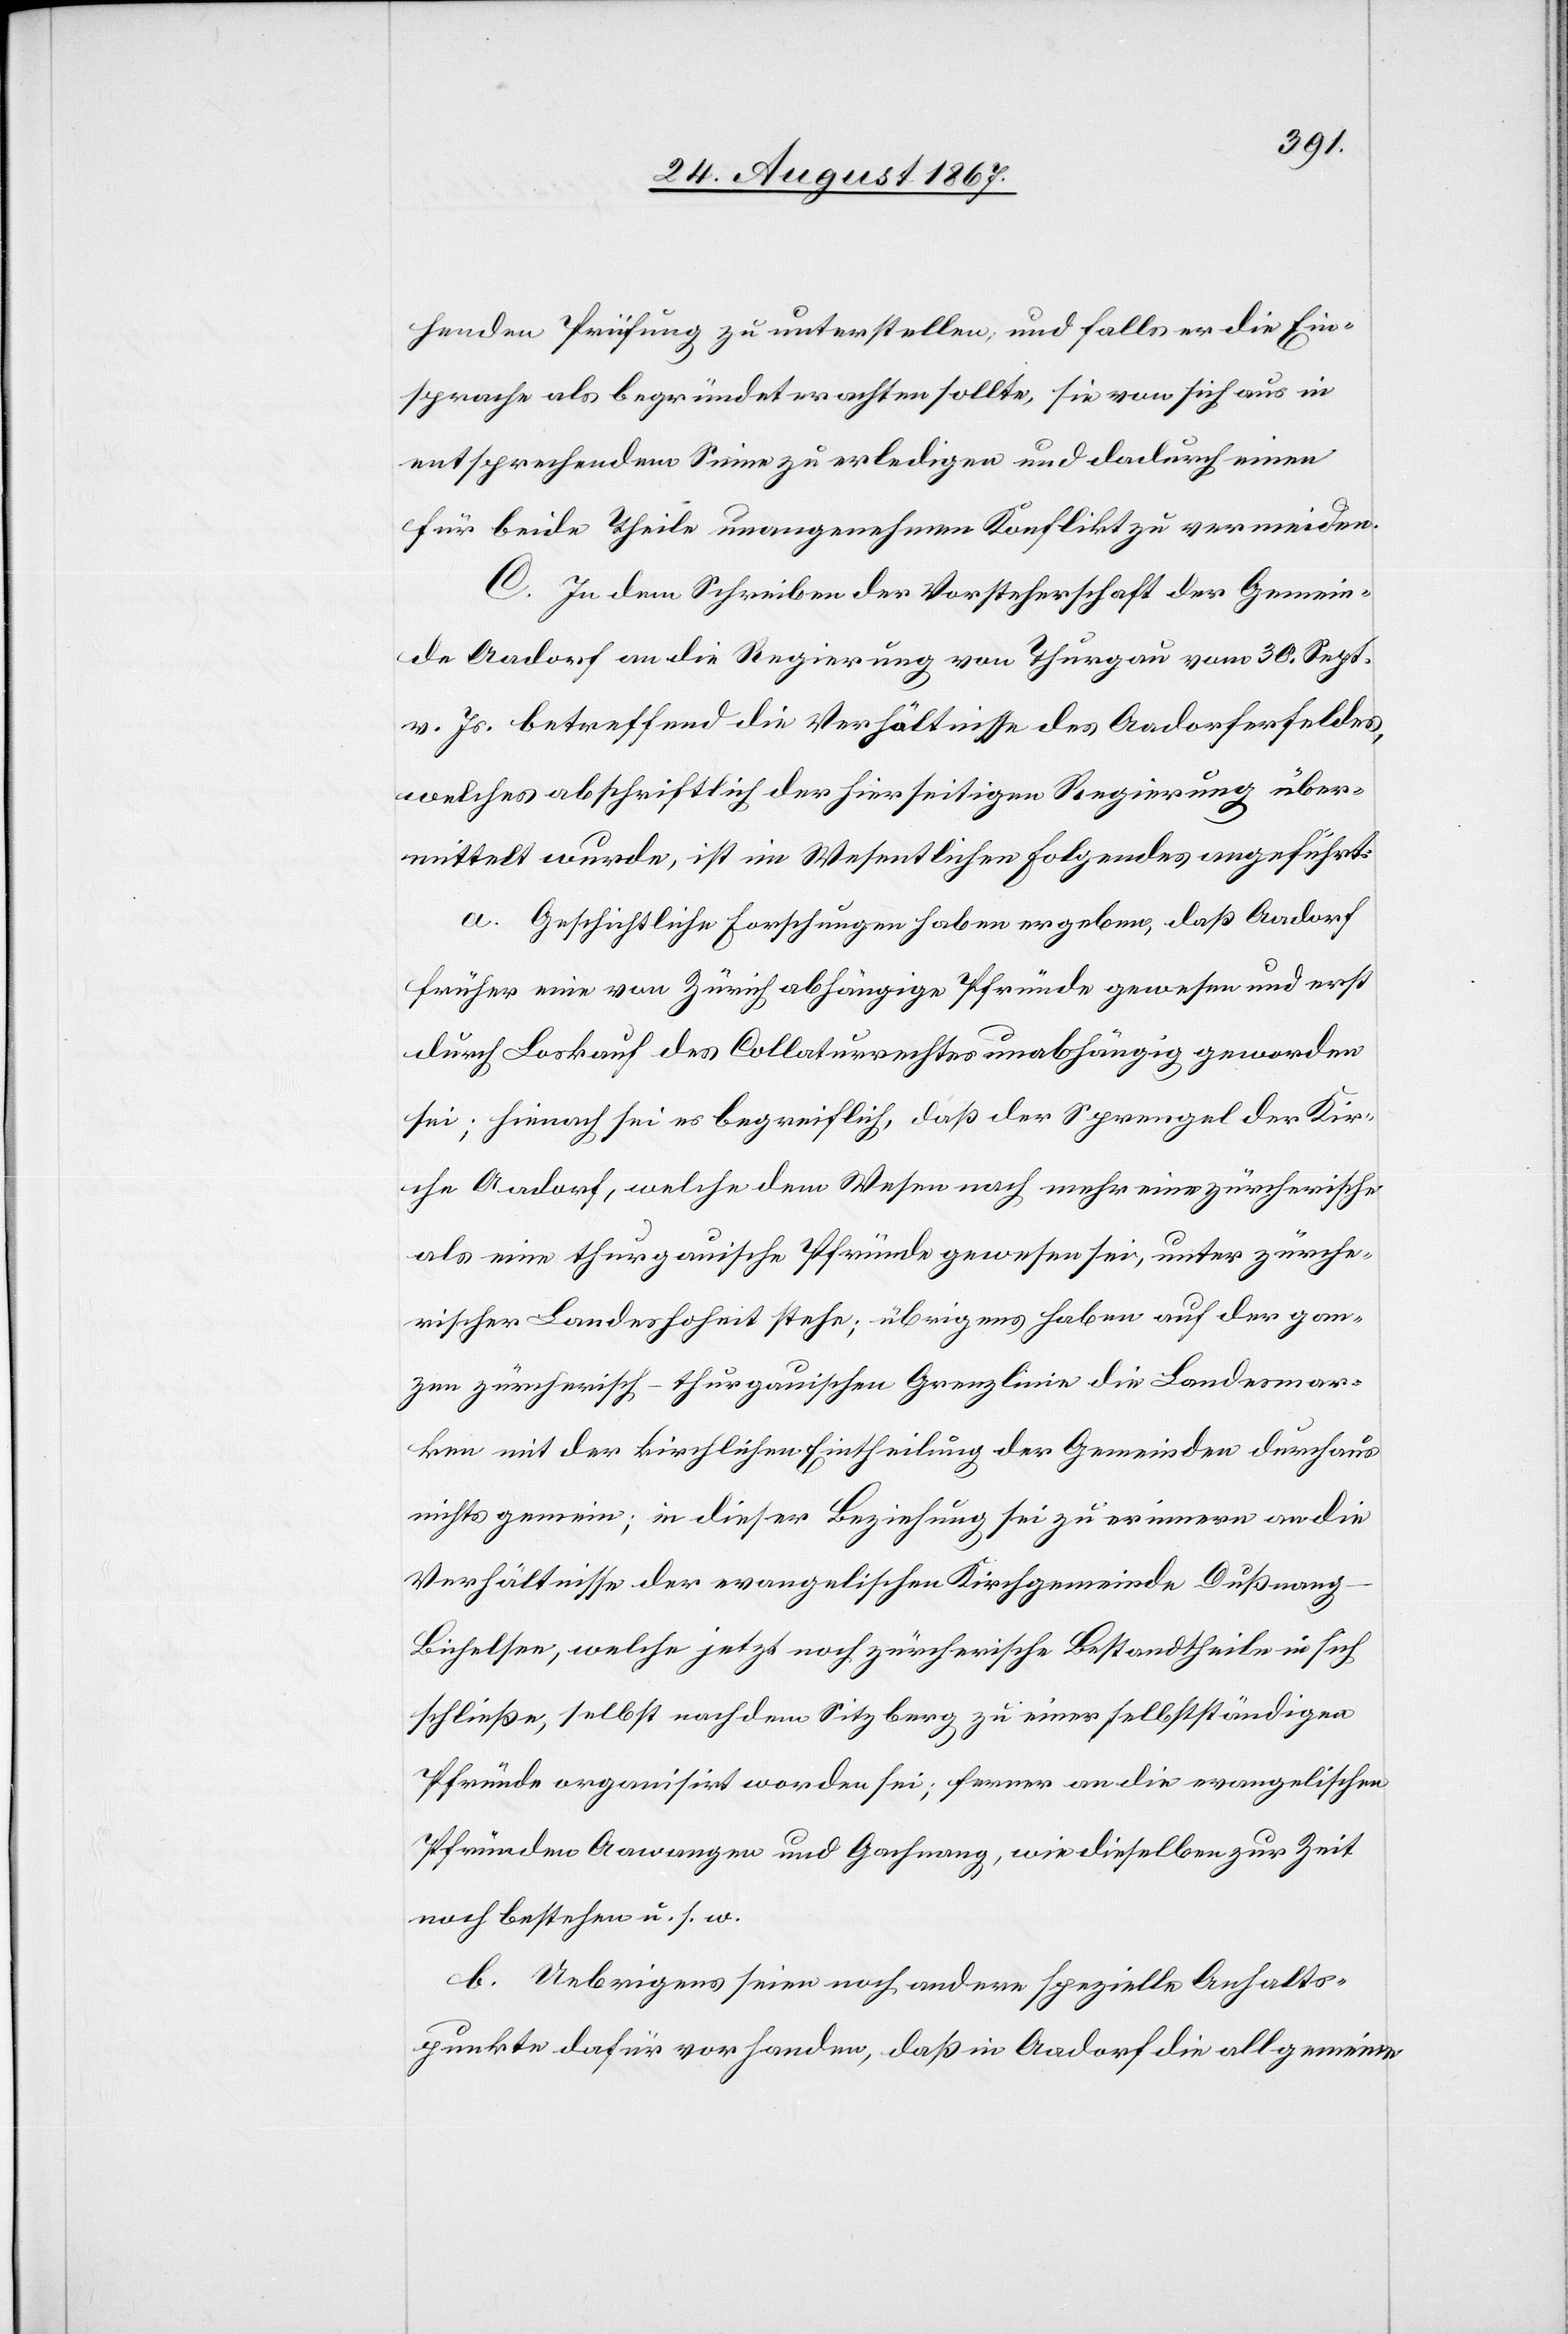
henden Prüfung zu unterstellen, und falls er die Ein¬
sprache als begründet erachten sollte, sie von sich aus in
entsprechendem Sinne zu erledigen und dadurch einen
für beide Theil unangenehmen Konflikt zu vermeiden.
C. In dem Schreiben der Vorsteherschaft der Gemein¬
de Aadorf an die Regierung von Thurgau vom 30. Sept
v. Js betreffend die Verhältnisse des Aadorferfeldes,
welches abschriftlich der hierseitigen Regierung über¬
mittelt wurde, ist im Wesentlichen Folgendes angeführt:
a. Geschichtliche Forschungen haben ergeben, daß Aadorf
früher eine von Zürich abhängige Pfründe gewesen und erst
durch Loskauf des Collaturrechtes unabhängig geworden
sei; hienach sei es begreiflich, daß der Sprengel der Kir¬
che Aadorf, welche dem Wesen nach mehr eine zürcherische
als eine thurgauische Pfründe gewesen sei, unter zürche¬
rischer Landeshoheit stehe; übrigens haben auf der gan¬
zen zürcherisch-thurgauischen Grenzlinie die Landesmar¬
ken mit der kirchlichen Eintheilung der Gemeinden durchaus
nichts gemein; in dieser Beziehung sei zu erinnern an die
Verhältnisse der evangelischen Kirchgemeinde Dußnan¬
g-Bichelsen, welche jetzt noch zürcherische Bestandtheile in sich
schließe, selbst nach dem Sitzberg zu einer selbstständigen
Pfründe organisirt worden sei; ferner an die evangelischen
Pfründen Aawangen und Gachnang, wie dieselben zur Zeit
noch bestehen u. s. w.
b. Uebrigens seien noch andere spezielle Anhalts¬
punkte dafür vorhanden, daß in Aadorf die allgemeine